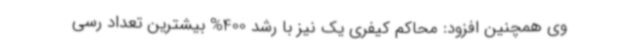
وی همچنین افزود: محاکم کیفری یک نیز با رشد 400% بیشترین تعداد رسی